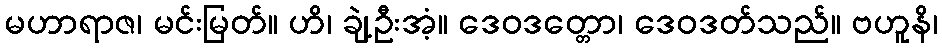
မဟာရာဇ၊ မင်းမြတ်။ ဟိ၊ ချဲ့ဦးအံ့။ ဒေဝဒတ္တော၊ ဒေဝဒတ်သည်။ ဗဟူနိ၊